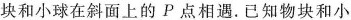
块和小球在斜面上的P点相遇.已知物块和小